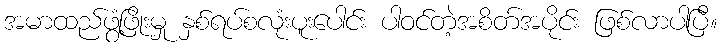
အမာထည်ဖွံ့ဖြိုးမှု နှစ်ရပ်စလုံးပူးပေါင်း ပါဝင်တဲ့အစိတ်အပိုင်း ဖြစ်လာပါပြီ။